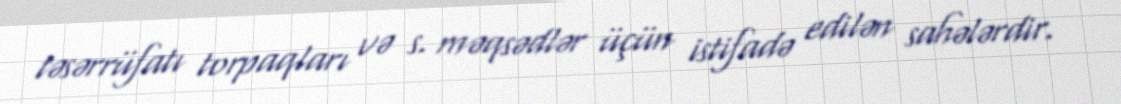
təsərrüfatı torpaqları və s. məqsədlər üçün istifadə edilən sahələrdir.